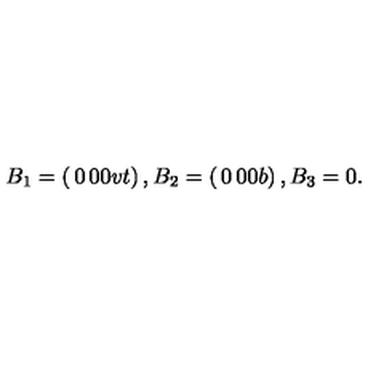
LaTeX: B _ { 1 } = \left( \begin{matrix} { 0 } & { } & { 0 } \\ { } & { } & { } \\ { 0 } & { } & { v t } \\ \end{matrix} \right) , B _ { 2 } = \left( \begin{matrix} { 0 } & { } & { 0 } \\ { } & { } & { } \\ { 0 } & { } & { b } \\ \end{matrix} \right) , B _ { 3 } = 0 .